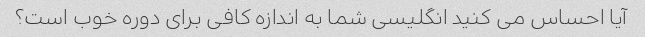
آیا احساس می کنید انگلیسی شما به اندازه کافی برای دوره خوب است؟